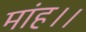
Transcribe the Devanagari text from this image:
मांह।।